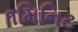
૧મિનિટ